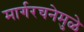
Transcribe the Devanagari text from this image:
मार्गरचनेमुळे